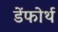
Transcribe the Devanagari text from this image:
डेंफोर्थ